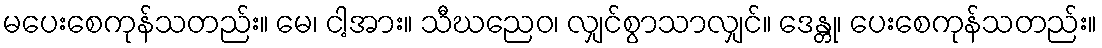
မပေးစေကုန်သတည်း။ မေ၊ ငါ့အား။ သီဃညေဝ၊ လျှင်စွာသာလျှင်။ ဒေန္တု၊ ပေးစေကုန်သတည်း။